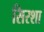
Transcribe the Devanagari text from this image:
सिरशा